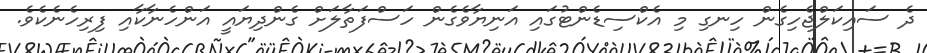
ދެ ސައިކަލްޖެހިގެން ހިނގި މި އެކްސިޑެންޓުގައި އަނިޔާވެގެން ހަސްފަތާލަށް ގެންދިޔައީ އަންހެނާކާއި ފިރިހެނެކެވެ.